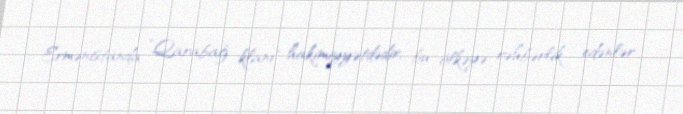
Ermənistanda ”Qarabağ klanı" hakimiyyətdədir, bu ölkəyə rəhbərlik edənlər